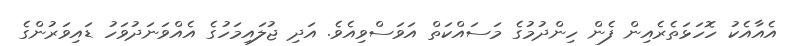
އެއާއެކު ހޮހަޅަތެރެއިން ފެން ހިންދުމުގެ މަސައްކަތް އަވަސްވިއެވެ. އަދި ޖުލައިމަހުގެ އެއްވަނަދުވަހު ޑައިވަރުންގެ